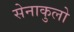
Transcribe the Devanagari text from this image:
सेनाकुलो